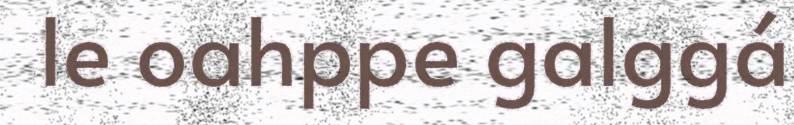
le oahppe galggá